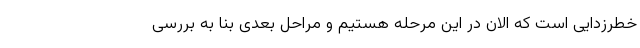
خطرزدایی است که الان در این مرحله هستیم و مراحل بعدی بنا به بررسی